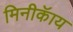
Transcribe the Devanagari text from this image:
मिनीकॅाय